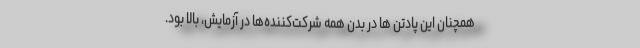
همچنان این پادتن ها در بدن همه شرکت‌کننده‌ها در آزمایش، بالا بود.